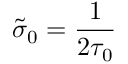
\tilde { \sigma } _ { 0 } = \frac { 1 } { 2 \tau _ { 0 } }